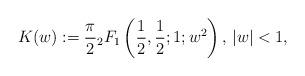
LaTeX: \begin{align*}K(w):=\frac{\pi}{2}{}_2F_1\left(\frac{1}{2},\frac{1}{2};1;w^2\right)\textrm{, }|w|<1,\end{align*}